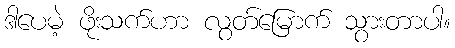
ဒါပေမဲ့ ဖိုးသက်ဟာ လွတ်မြောက် သွားတာပါ။